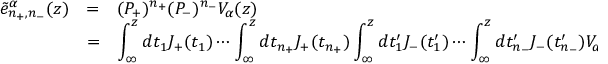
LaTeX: \begin{array} { r c l } { { \tilde { e } _ { n _ { + } , n _ { - } } ^ { \alpha } ( z ) } } & { { = } } & { { ( P _ { + } ) ^ { n _ { + } } ( P _ { - } ) ^ { n _ { - } } V _ { \alpha } ( z ) } } \\ { { } } & { { = } } & { { \displaystyle \int _ { \infty } ^ { z } d t _ { 1 } J _ { + } ( t _ { 1 } ) \cdots \int _ { \infty } ^ { z } d t _ { n _ { + } } J _ { + } ( t _ { n _ { + } } ) \int _ { \infty } ^ { z } d t _ { 1 } ^ { \prime } J _ { - } ( t _ { 1 } ^ { \prime } ) \cdots \int _ { \infty } ^ { z } d t _ { n _ { - } } ^ { \prime } J _ { - } ( t _ { n _ { - } } ^ { \prime } ) V _ { \alpha } ( z ) , } } \end{array}